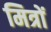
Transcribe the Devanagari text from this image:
मित्रों